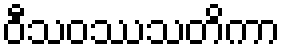
ဝီသဝဿသတိကာ